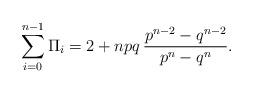
LaTeX: \begin{align*}\sum_{i=0}^{n-1}\Pi_i =2+npq\,\frac{p^{n-2}-q^{n-2}}{p^n-q^n}.\end{align*}